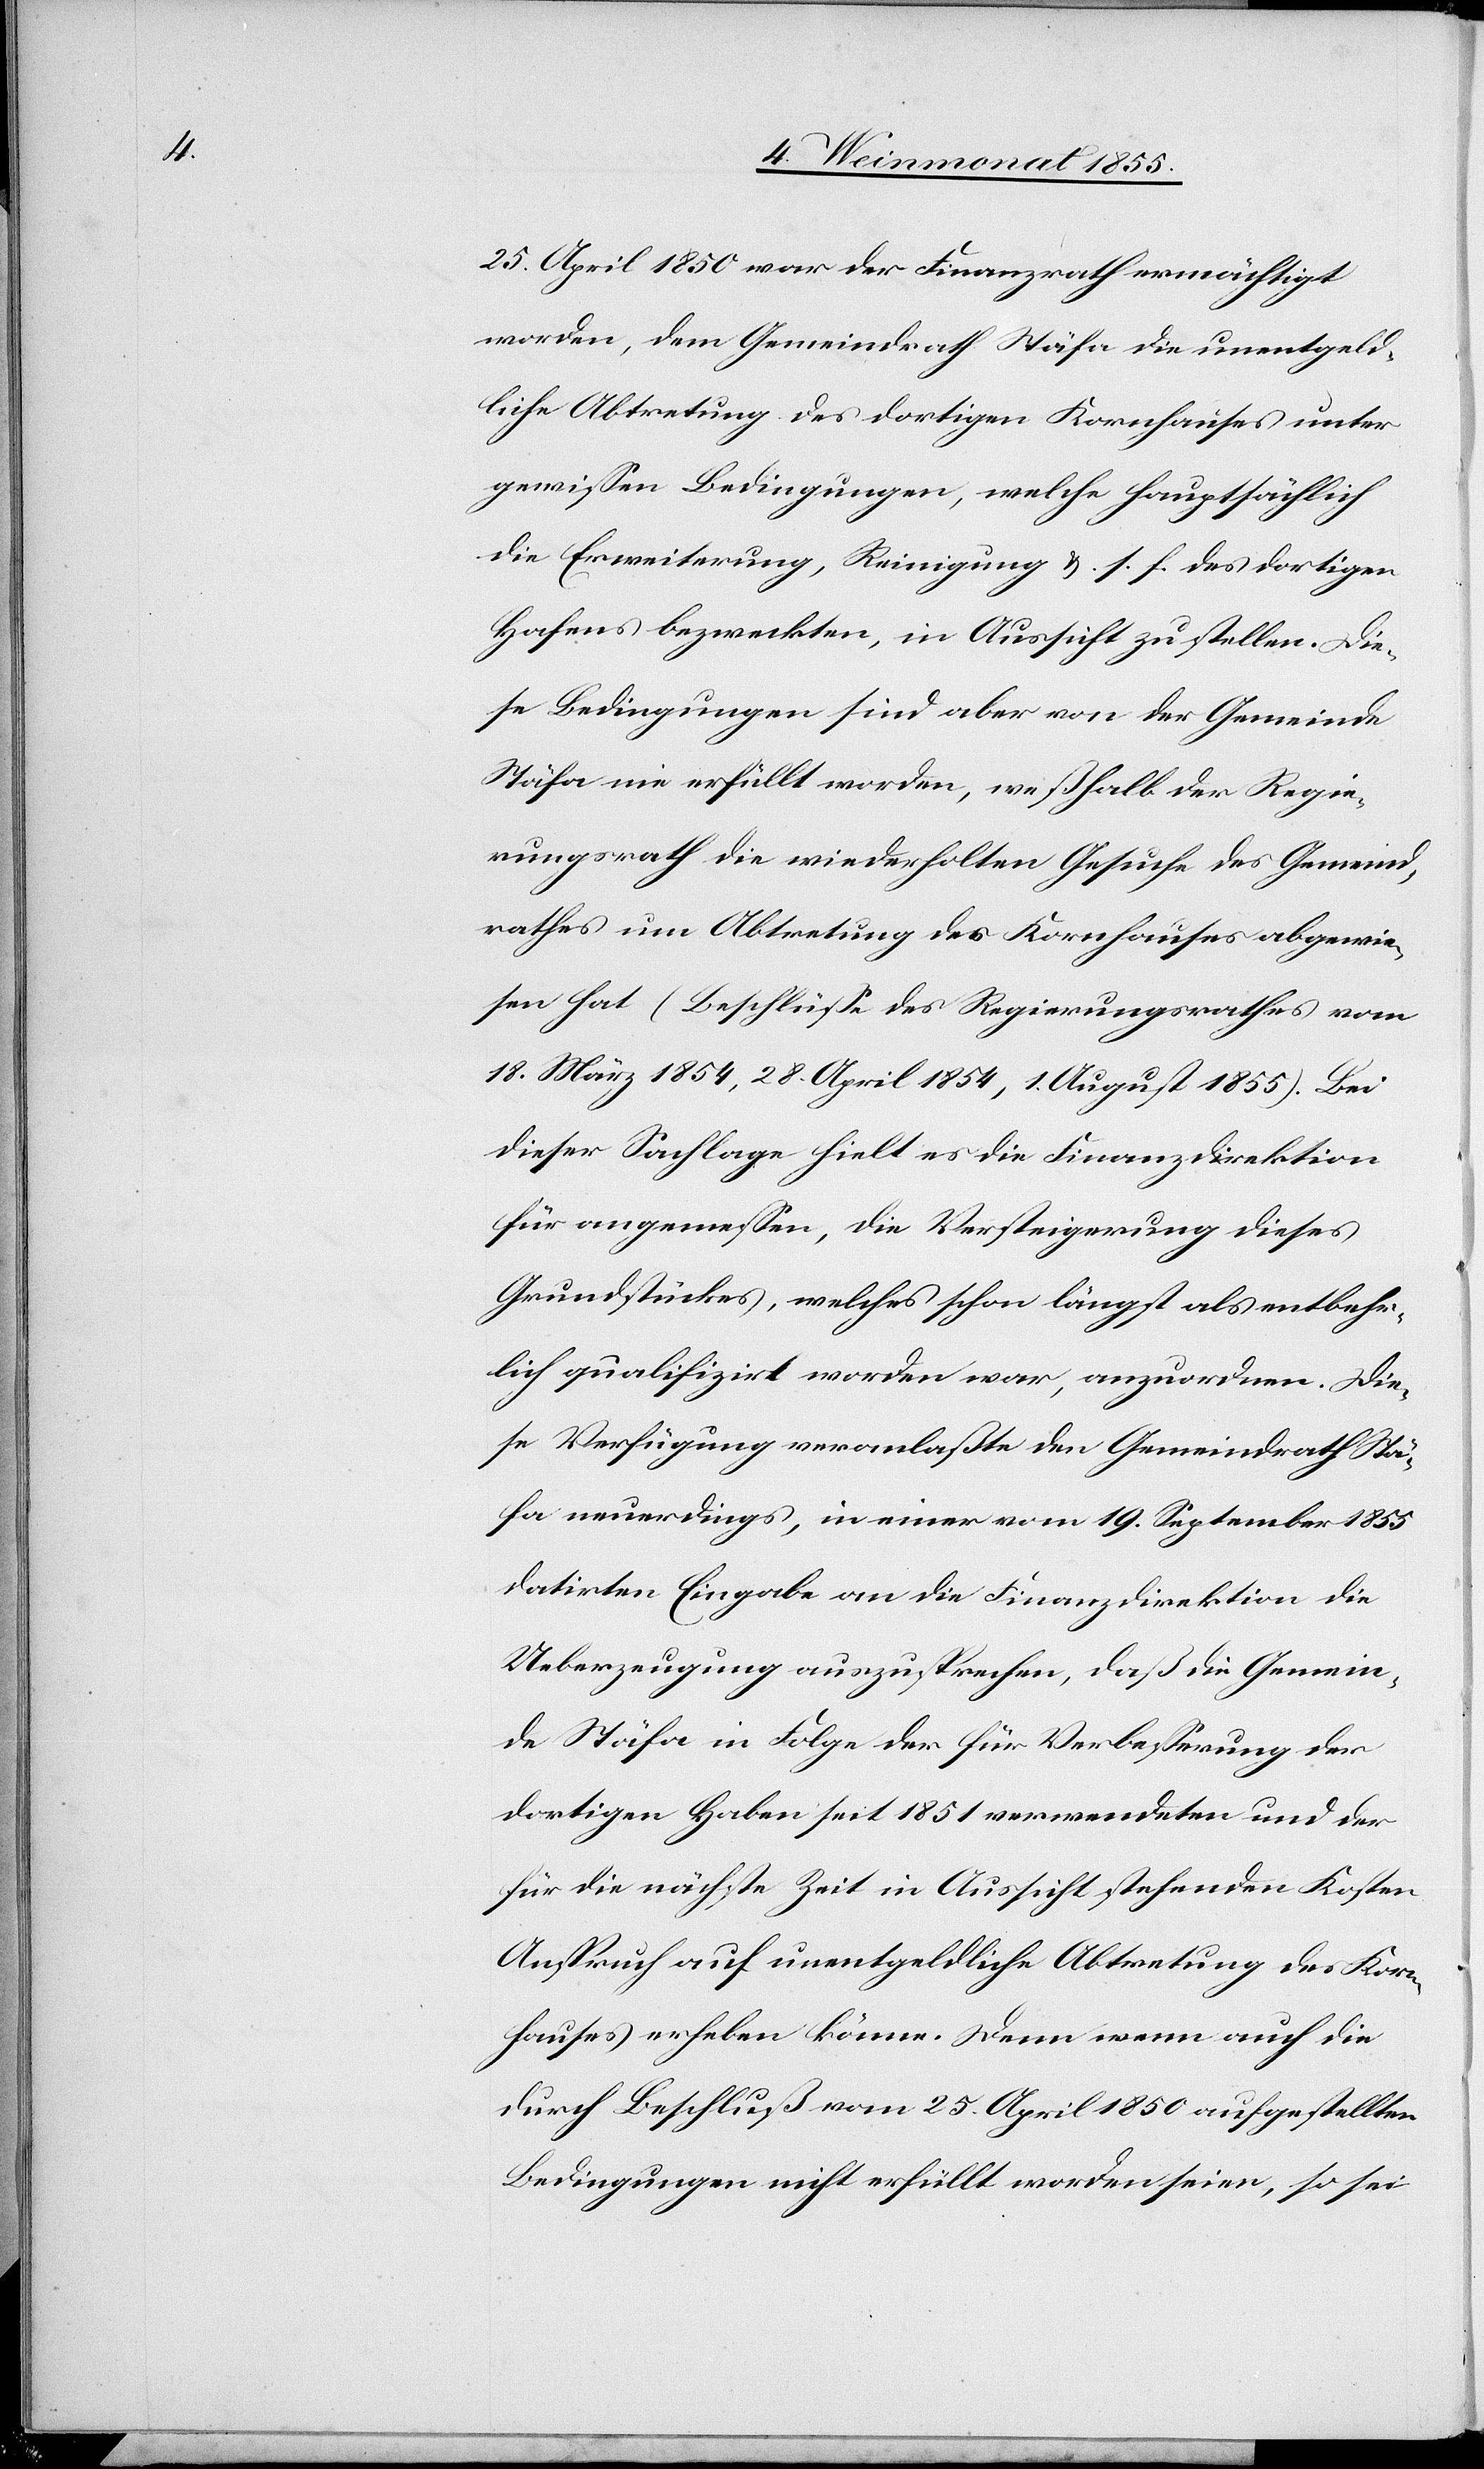
25. April 1850 war der Finanzrath ermächtigt
worden, dem Gemeindrath Stäfa die unentgeld¬
liche Abtretung des dortigen Kornhauses unter
gewissen Bedingungen, welche hauptsächlich
die Erweiterung, Reinigung &. s. f. des dortigen
Hafens bezweckten, in Aussicht zu stellen. Die¬
se Bedingungen sind aber von der Gemeinde
Stäfa nie erfüllt worden, weßhalb der Regie¬
rungsrath die wiederholten Gesuche des Gemeind¬
rathes um Abtretung des Kornhauses abgewie¬
sen hat (Beschlüsse des Regierungsrathes vom
18. März 1854, 28. April 1854, 1. August 1855). Bei
dieser Sachlage hielt es die Finanzdirektion
für angemessen, die Versteigerung dieses
Grundstückes, welches schon längst als entbehr¬
lich qualifizirt worden war, anzuordnen. Die¬
se Verfügung veranlaßte den Gemeindrath Stä¬
fa neuerdings, in einer vom 19. September 1855
datirten Eingabe an die Finanzdirektion die
Ueberzeugung auszusprechen, daß die Gemein¬
de Stäfa in Folge der für Verbesserung der
dortigen Haben seit 1851 verwendeten und der
für die nächste Zeit in Aussicht stehenden Kosten
Anspruch auf unentgeldliche Abtretung des Korn¬
hauses erheben könne. Denn wenn auch die
durch Beschluß vom 25. April 1850 aufgestellten
Bedingungen nicht erfüllt worden seien, so sei